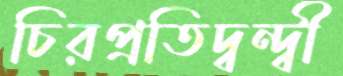
চিরপ্রতিদ্বন্দ্বী